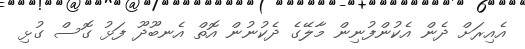
އެއިރަށް ދެން އެކުންފުނިން މާލޭގެ ދެކުނުން އޮތް އެނބޫދޫ ފަޅު ގޮސް ގުޅި